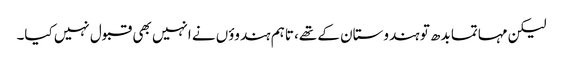
لیکن مہاتما بدھ تو ہندوستان کے تھے، تاہم ہندوؤں نے انہیں بھی قبول نہیں کیا۔